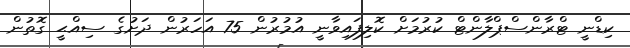
ކިޑްނީ ޓްރާންސްޕްލާންޓް ކުރުމަށް ކޮލިފައިވާނީ އުމުރުން 75 އަހަރުން ދަށުގެ ސިއްޙީ ގޮތުން